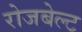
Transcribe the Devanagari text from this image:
रोजबेल्ट